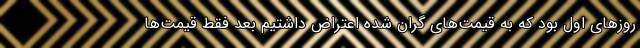
روزهای اول بود که به قیمت‌های گران شده اعتراض داشتیم بعد فقط قیمت‌ها